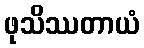
ဖုသိဿတာယံ